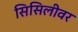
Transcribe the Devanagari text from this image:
सिसिलीवर